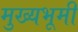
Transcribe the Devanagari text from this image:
मुख्यभूमी